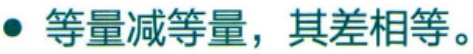
• 等量减等量，其差相等。